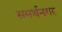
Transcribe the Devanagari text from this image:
समर्थनगर